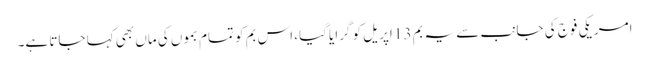
امریکی فوج کی جانب سے یہ بم 13 اپریل کو گرایا گیا، اس بم کو تمام بموں کی ماں بھی کہا جاتا ہے۔